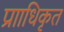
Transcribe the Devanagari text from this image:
प्रााधिकृत